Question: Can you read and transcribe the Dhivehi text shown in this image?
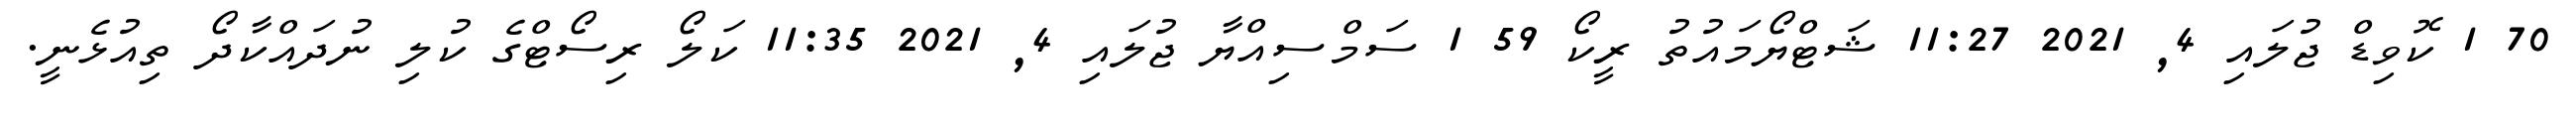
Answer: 70 1 ކޮވިޑް ޖުލައި 4, 2021 11:27 ޝަޓްޔޯމައުތު ރީކޯ 59 1 ސަމްސިއްޔާ ޖުލައި 4, 2021 11:35 ކަލޯ ރިސޯޓްގެ ކުލި ނުދައްކާދޯ ތިއުޅެނީ.